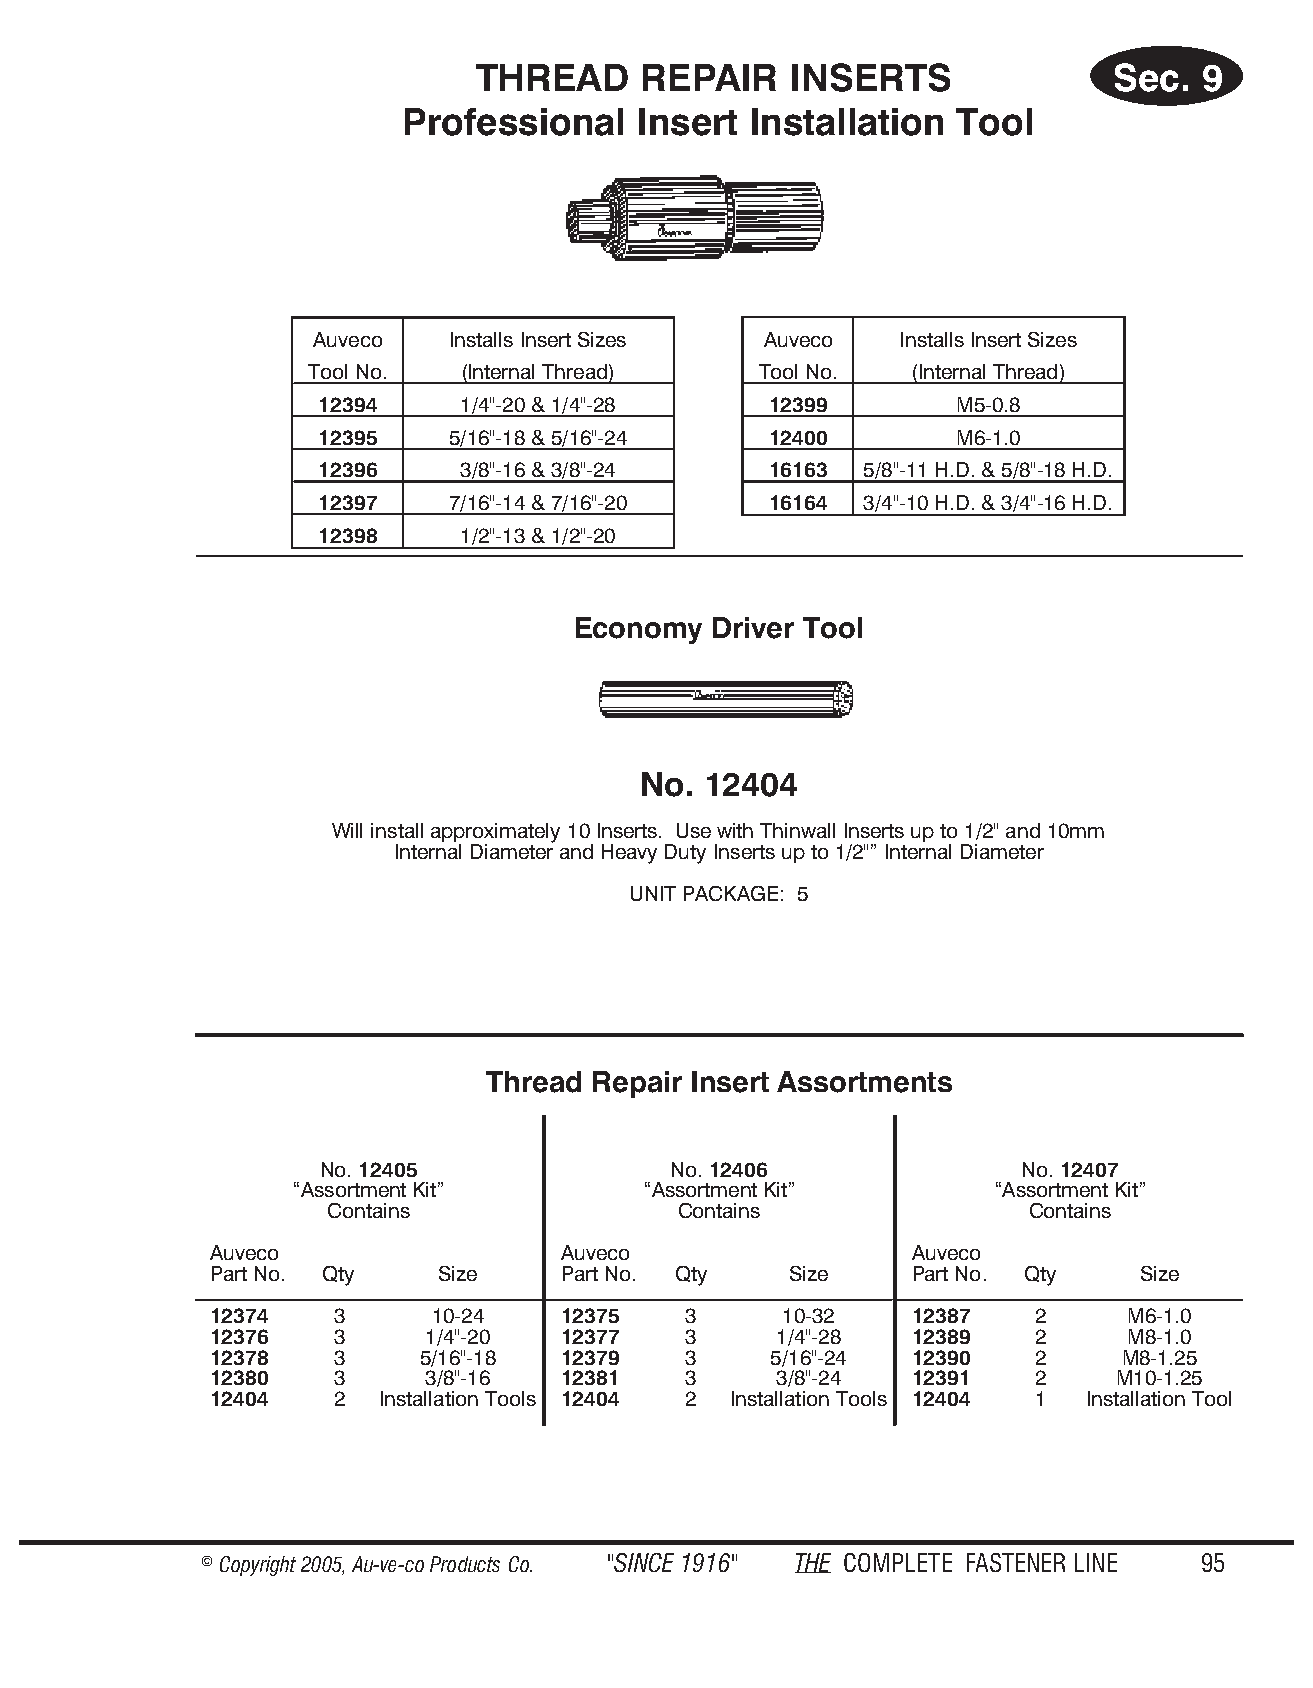
THREAD     RE PAIR  INSERTS               Sec.  9
 Professional   Insert  Installation  Tool
 Auveco   Installs Insert Sizes Auveco  Installs Insert Sizes
 Tool No.  (Internal Thread)  Tool No.   (Internal Thread)
 12394     1/4"-20 & 1/4"-28   12399        M5-0.8
 12395    5/16"-18 & 5/16"-24  12400        M6-1.0
 12396     3/8"-16 & 3/8"-24   16163 5/8"-11 H.D. & 5/8"-18 H.D.
 12397    7/16"-14 & 7/16"-20  16164 3/4"-10 H.D. & 3/4"-16 H.D.
 12398     1/2"-13 & 1/2"-20
 Economy  Driver Tool
 No. 12404
 Will install approximately 10 Inserts. Use with Thinwall Inserts up to 1/2" and 10mm
 Internal Diameter and Heavy Duty Inserts up to 1/2"” Internal Diameter
 UNIT PACKAGE: 5
 Thread Repair Insert Assortments
 No. 12405               No. 12406              No. 12407
 “Assortment Kit”       “Assortment Kit”       “Assortment Kit”
 Contains               Contains               Contains
 Auveco                 Auveco                  Auveco
 Part No. Qty   Size    Part No. Qty   Size     Part No. Qty   Size
 12374   3      10-24   12375    3     10-32    12387   2     M6-1.0
 12376   3     1/4"-20  12377    3     1/4"-28  12389   2     M8-1.0
 12378   3     5/16"-18 12379    3    5/16"-24  12390   2    M8-1.25
 12380   3     3/8"-16  12381    3     3/8"-24  12391   2    M10-1.25
 12404   2  Installation Tools 12404 2 Installation Tools 12404 1 Installation Tool
 © Copyr ight 2005, Au-ve-co Produ cts Co. "SINCE 1916" THE COM PLETE FAST ENER LINE 95